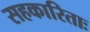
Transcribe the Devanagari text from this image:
सहकारिताः